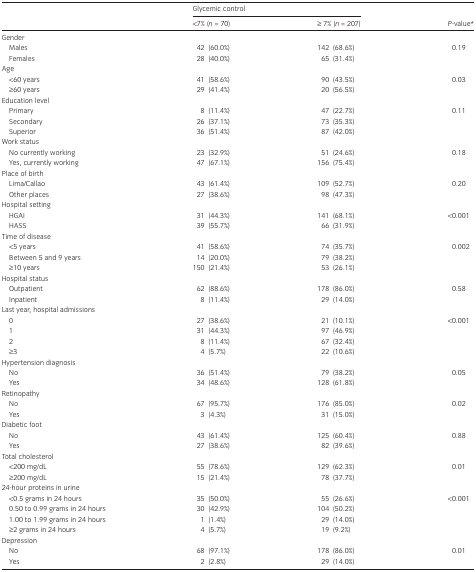
<table><thead><tr><td rowspan="2"></td><td colspan="2"><b>Glycemic control</b></td><td rowspan="2"><b><i>P</i>‐value*</b></td></tr><tr><td><b>&lt;7% (<i>n</i> = 70)</b></td><td><b>≥ 7% (<i>n</i> = 207)</b></td></tr></thead><tbody><tr><td>Gender</td><td></td><td></td><td></td></tr><tr><td>Males</td><td>42 (60.0%)</td><td>142 (68.6%)</td><td>0.19</td></tr><tr><td>Females</td><td>28 (40.0%)</td><td>65 (31.4%)</td><td></td></tr><tr><td>Age</td><td></td><td></td><td></td></tr><tr><td>&lt;60 years</td><td>41 (58.6%)</td><td>90 (43.5%)</td><td>0.03</td></tr><tr><td>≥60 years</td><td>29 (41.4%)</td><td>20 (56.5%)</td><td></td></tr><tr><td>Education level</td><td></td><td></td><td></td></tr><tr><td>Primary</td><td>8 (11.4%)</td><td>47 (22.7%)</td><td>0.11</td></tr><tr><td>Secondary</td><td>26 (37.1%)</td><td>73 (35.3%)</td><td></td></tr><tr><td>Superior</td><td>36 (51.4%)</td><td>87 (42.0%)</td><td></td></tr><tr><td>Work status</td><td></td><td></td><td></td></tr><tr><td>No currently working</td><td>23 (32.9%)</td><td>51 (24.6%)</td><td>0.18</td></tr><tr><td>Yes, currently working</td><td>47 (67.1%)</td><td>156 (75.4%)</td><td></td></tr><tr><td>Place of birth</td><td></td><td></td><td></td></tr><tr><td>Lima/Callao</td><td>43 (61.4%)</td><td>109 (52.7%)</td><td>0.20</td></tr><tr><td>Other places</td><td>27 (38.6%)</td><td>98 (47.3%)</td><td></td></tr><tr><td>Hospital setting</td><td></td><td></td><td></td></tr><tr><td>HGAI</td><td>31 (44.3%)</td><td>141 (68.1%)</td><td>&lt;0.001</td></tr><tr><td>HASS</td><td>39 (55.7%)</td><td>66 (31.9%)</td><td></td></tr><tr><td>Time of disease</td><td></td><td></td><td></td></tr><tr><td>&lt;5 years</td><td>41 (58.6%)</td><td>74 (35.7%)</td><td>0.002</td></tr><tr><td>Between 5 and 9 years</td><td>14 (20.0%)</td><td>79 (38.2%)</td><td></td></tr><tr><td>≥10 years</td><td>150 (21.4%)</td><td>53 (26.1%)</td><td></td></tr><tr><td>Hospital status</td><td></td><td></td><td></td></tr><tr><td>Outpatient</td><td>62 (88.6%)</td><td>178 (86.0%)</td><td>0.58</td></tr><tr><td>Inpatient</td><td>8 (11.4%)</td><td>29 (14.0%)</td><td></td></tr><tr><td>Last year, hospital admissions</td><td></td><td></td><td></td></tr><tr><td>0</td><td>27 (38.6%)</td><td>21 (10.1%)</td><td>&lt;0.001</td></tr><tr><td>1</td><td>31 (44.3%)</td><td>97 (46.9%)</td><td></td></tr><tr><td>2</td><td>8 (11.4%)</td><td>67 (32.4%)</td><td></td></tr><tr><td>≥3</td><td>4 (5.7%)</td><td>22 (10.6%)</td><td></td></tr><tr><td>Hypertension diagnosis</td><td></td><td></td><td></td></tr><tr><td>No</td><td>36 (51.4%)</td><td>79 (38.2%)</td><td>0.05</td></tr><tr><td>Yes</td><td>34 (48.6%)</td><td>128 (61.8%)</td><td></td></tr><tr><td>Retinopathy</td><td></td><td></td><td></td></tr><tr><td>No</td><td>67 (95.7%)</td><td>176 (85.0%)</td><td>0.02</td></tr><tr><td>Yes</td><td>3 (4.3%)</td><td>31 (15.0%)</td><td></td></tr><tr><td>Diabetic foot</td><td></td><td></td><td></td></tr><tr><td>No</td><td>43 (61.4%)</td><td>125 (60.4%)</td><td>0.88</td></tr><tr><td>Yes</td><td>27 (38.6%)</td><td>82 (39.6%)</td><td></td></tr><tr><td>Total cholesterol</td><td></td><td></td><td></td></tr><tr><td>&lt;200 mg/dL</td><td>55 (78.6%)</td><td>129 (62.3%)</td><td>0.01</td></tr><tr><td>≥200 mg/dL</td><td>15 (21.4%)</td><td>78 (37.7%)</td><td></td></tr><tr><td>24‐hour proteins in urine</td><td></td><td></td><td></td></tr><tr><td>&lt;0.5 grams in 24 hours</td><td>35 (50.0%)</td><td>55 (26.6%)</td><td>&lt;0.001</td></tr><tr><td>0.50 to 0.99 grams in 24 hours</td><td>30 (42.9%)</td><td>104 (50.2%)</td><td></td></tr><tr><td>1.00 to 1.99 grams in 24 hours</td><td>1 (1.4%)</td><td>29 (14.0%)</td><td></td></tr><tr><td>≥2 grams in 24 hours</td><td>4 (5.7%)</td><td>19 (9.2%)</td><td></td></tr><tr><td>Depression</td><td></td><td></td><td></td></tr><tr><td>No</td><td>68 (97.1%)</td><td>178 (86.0%)</td><td>0.01</td></tr><tr><td>Yes</td><td>2 (2.8%)</td><td>29 (14.0%)</td><td></td></tr></tbody></table>